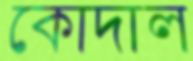
কোদাল